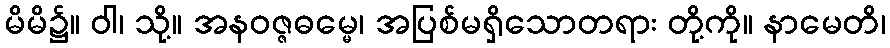
မိမိ၌။ ဝါ၊ သို့။ အနဝဇ္ဇဓမ္မေ၊ အပြစ်မရှိသောတရား တို့ကို။ နာမေတိ၊